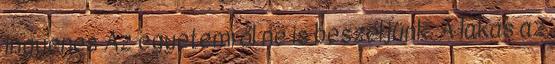
ingyenes Az egyetemről ne is beszéljünk. A lakás az